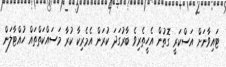
ޓައިވާނަށް އަސްކަރީ ގޮތުން އެހީތެރިވެ ބާރުގަދަ ކުރަން އެމެރިކާ ކުރާ މަސައްކަތްތައް ހުއްޓާލަން